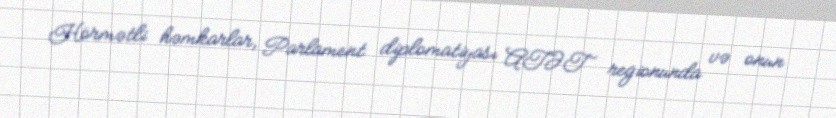
Hörmətli həmkarlar, Parlament diplomatiyası ATƏT regionunda və onun